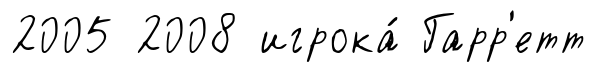
2005 2008 игрока́ Гарр'етт